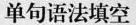
单句语法填空